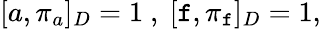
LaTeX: [a,\pi_{a}]_{D}=1~,~[\mathtt{f},\pi_{\mathtt{f}}]_{D}=1,